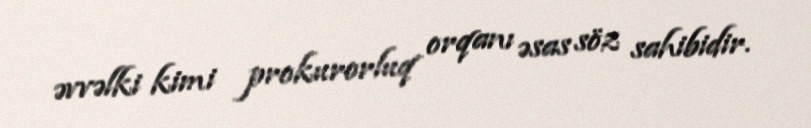
əvvəlki kimi prokurorluq orqanı əsas söz sahibidir.